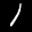
Label: 1